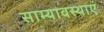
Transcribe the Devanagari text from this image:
साम्यावस्थाएं